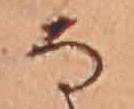
な